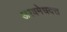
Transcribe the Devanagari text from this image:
अश्वमेधदत्त